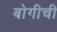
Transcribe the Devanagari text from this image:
बोगीची